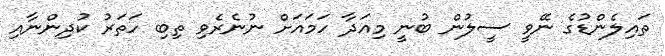
ތައިލެންޑުގެ ނޭވީ ސީލުން ބުނީ މިއަދާ ހަމައަށް ނުނެރެވި ތިބި ހަތަރު ކުދިންނާއި